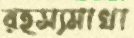
রহস্যমাখা